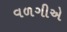
વળગીએ